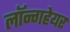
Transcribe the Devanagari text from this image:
लॉन्गहेयर